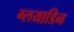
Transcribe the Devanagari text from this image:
ग्लयाडिन